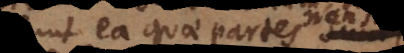
possunt ea quae partes non